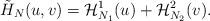
LaTeX: \begin{align*}\tilde{H}_N(u,v)=\mathcal{H}_{N_1}^1(u)+\mathcal{H}_{N_2}^2(v).\end{align*}